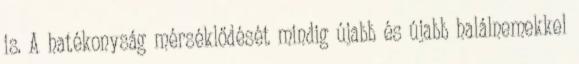
is. A hatékonyság mérséklődését mindig újabb és újabb halálnemekkel